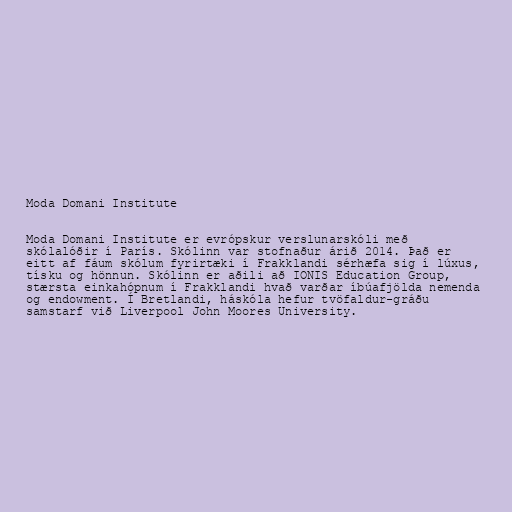
Moda Domani Institute

Moda Domani Institute er evrópskur verslunarskóli með
skólalóðir í París. Skólinn var stofnaður árið 2014. Það er
eitt af fáum skólum fyrirtæki í Frakklandi sérhæfa sig í lúxus,
tísku og hönnun. Skólinn er aðili að IONIS Education Group,
stærsta einkahópnum í Frakklandi hvað varðar íbúafjölda nemenda
og endowment. Í Bretlandi, háskóla hefur tvöfaldur-gráðu
samstarf við Liverpool John Moores University.